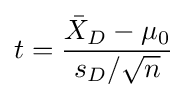
t={\frac {{\bar {X}}_{D}-\mu _{0}}{s_{D}/{\sqrt {n}}}}